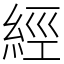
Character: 經